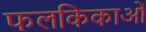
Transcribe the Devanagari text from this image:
फलकिकाओं